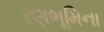
રણભૂમિના